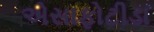
એસાફોટીડા